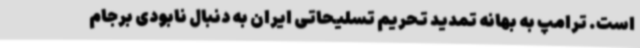
است. ترامپ به بهانه تمدید تحریم تسلیحاتی ایران به دنبال نابودی برجام